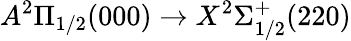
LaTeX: A^{2}\Pi_{1/2}(000)\rightarrow X^{2}\Sigma_{1/2}^{+}(220)